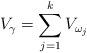
LaTeX: \begin{align*} V_\gamma=\sum_{j=1}^{k}V_{\omega_j}\end{align*}